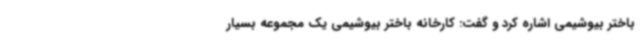
باختر بیوشیمی اشاره کرد و گفت: کارخانه باختر بیوشیمی یک مجموعه بسیار